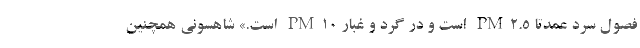
فصول سرد عمدتا PM۲.۵ است و در گرد و غبار PM۱۰ است.» شاهسونی همچنین